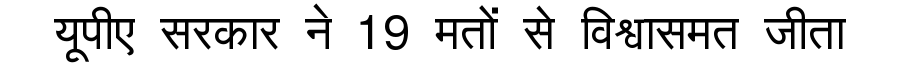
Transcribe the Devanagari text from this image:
यूपीए सरकार ने 19 मतों से विश्वासमत जीता